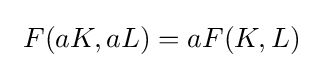
\ F(aK,aL)=aF(K,L)